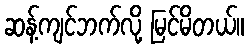
ဆန့်ကျင်ဘက်လို့ မြင်မိတယ်။